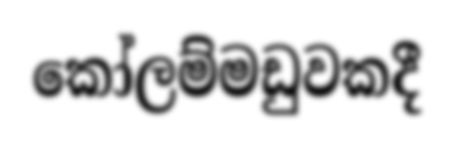
කෝලම්මඩුවකදී